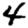
Digit: 4